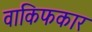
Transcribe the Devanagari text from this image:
वाकिफकार